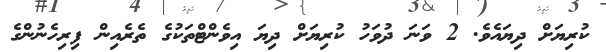
ކުރިޔަށް ދިޔައެވެ. 2 ވަނަ ދުވަހު ކުރިޔަށް ދިޔަ އިވެންޓްތަކުގެ ތެރެއިން ފިރިހެނުންގެ